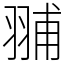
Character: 䎍